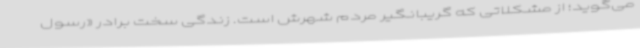
می‌گوید؛ از مشکلاتی که گریبانگیر مردم شهرش است. زندگی سخت برادر «رسول